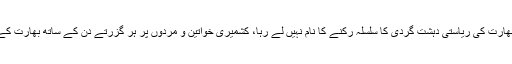
تفصیلات کے مطابق مقبوضہ کشمیر میں بھارت کی ریاستی دہشت گردی کا سلسلہ رکنے کا نام نہیں لے رہا، کشمیری خواتین و مردوں پر ہر گزرتے دن کے ساتھ بھارت کے بڑھتے ہوئے مظالم برداشت کررہے ہیں۔